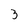
Character: 3